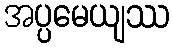
အပ္ပမေယျဿ